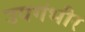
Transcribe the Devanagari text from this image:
उपगंभीर